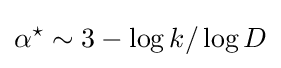
\alpha ^{\star }\sim 3-\log k/\log D